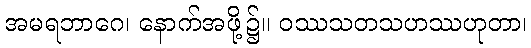
အမရဘာဂေ၊ နောက်အဖို့၌။ ဝဿသတသဟဿဟုတာ၊